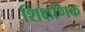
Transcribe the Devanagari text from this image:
शिक्षणिक